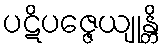
ပဋိပဇ္ဇေယျုန္တိ